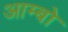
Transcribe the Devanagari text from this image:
आम्बो